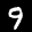
Label: 9